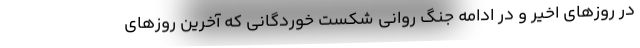
در روزهای اخیر و در ادامه جنگ روانی شکست خوردگانی که آخرین روزهای